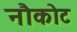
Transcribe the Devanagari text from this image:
नौकोट